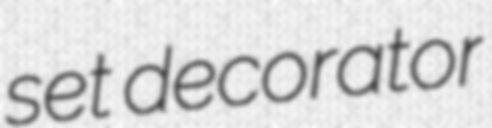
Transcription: set decorator